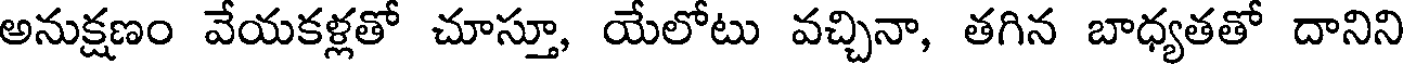
అనుక్షణం వేయకళ్లతో చూస్తూ, యేలోటు వచ్చినా, తగిన బాధ్యతతో దానిని